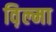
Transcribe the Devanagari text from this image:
व़िल्मा